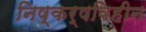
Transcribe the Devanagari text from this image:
निष्कर्षविहीन